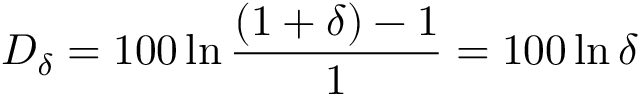
D _ { \delta } = 1 0 0 \ln { \frac { ( 1 + \delta ) - 1 } { 1 } } = 1 0 0 \ln \delta